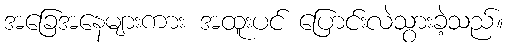
အခြေအနေများကား အထူးပင် ပြောင်းလဲသွားခဲ့သည်။